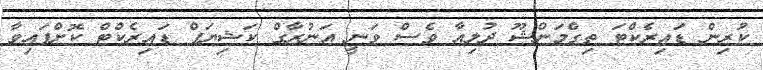
ކުރިން ޑައިރެކްޓަ ތިގްމަންޝޫ ދުލިއާ ވެސް ވަނީ އަނުރާގް ކަޝިޔަޕް ޑައިރެކްޓް ކޮށްފައިވާ